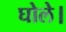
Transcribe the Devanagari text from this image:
घोले।